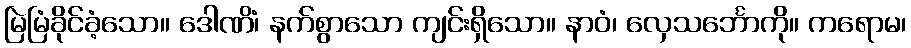
မြဲမြံခိုင်ခံ့သော။ ဒေါဏိံ၊ နက်စွာသော ကျင်းရှိသော။ နာဝံ၊ လှေသင်္ဘောကို။ ကရောမ၊